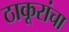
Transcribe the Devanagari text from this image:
ठाकूरांचा